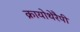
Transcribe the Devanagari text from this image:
क्रायोथेरैपी